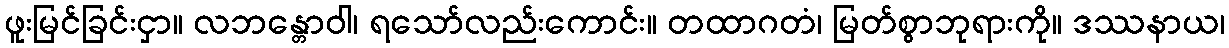
ဖူးမြင်ခြင်းငှာ။ လဘန္တောဝါ၊ ရသော်လည်းကောင်း။ တထာဂတံ၊ မြတ်စွာဘုရားကို။ ဒဿနာယ၊